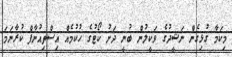
މިކަމާ ގުޅިގެން ނަޝީދުގެ ވަކީލުން ބުނީ ދަށު ކޯޓުގެ ހުކުމެއް އިސްތިއުނާފް ކުރާނަމަ